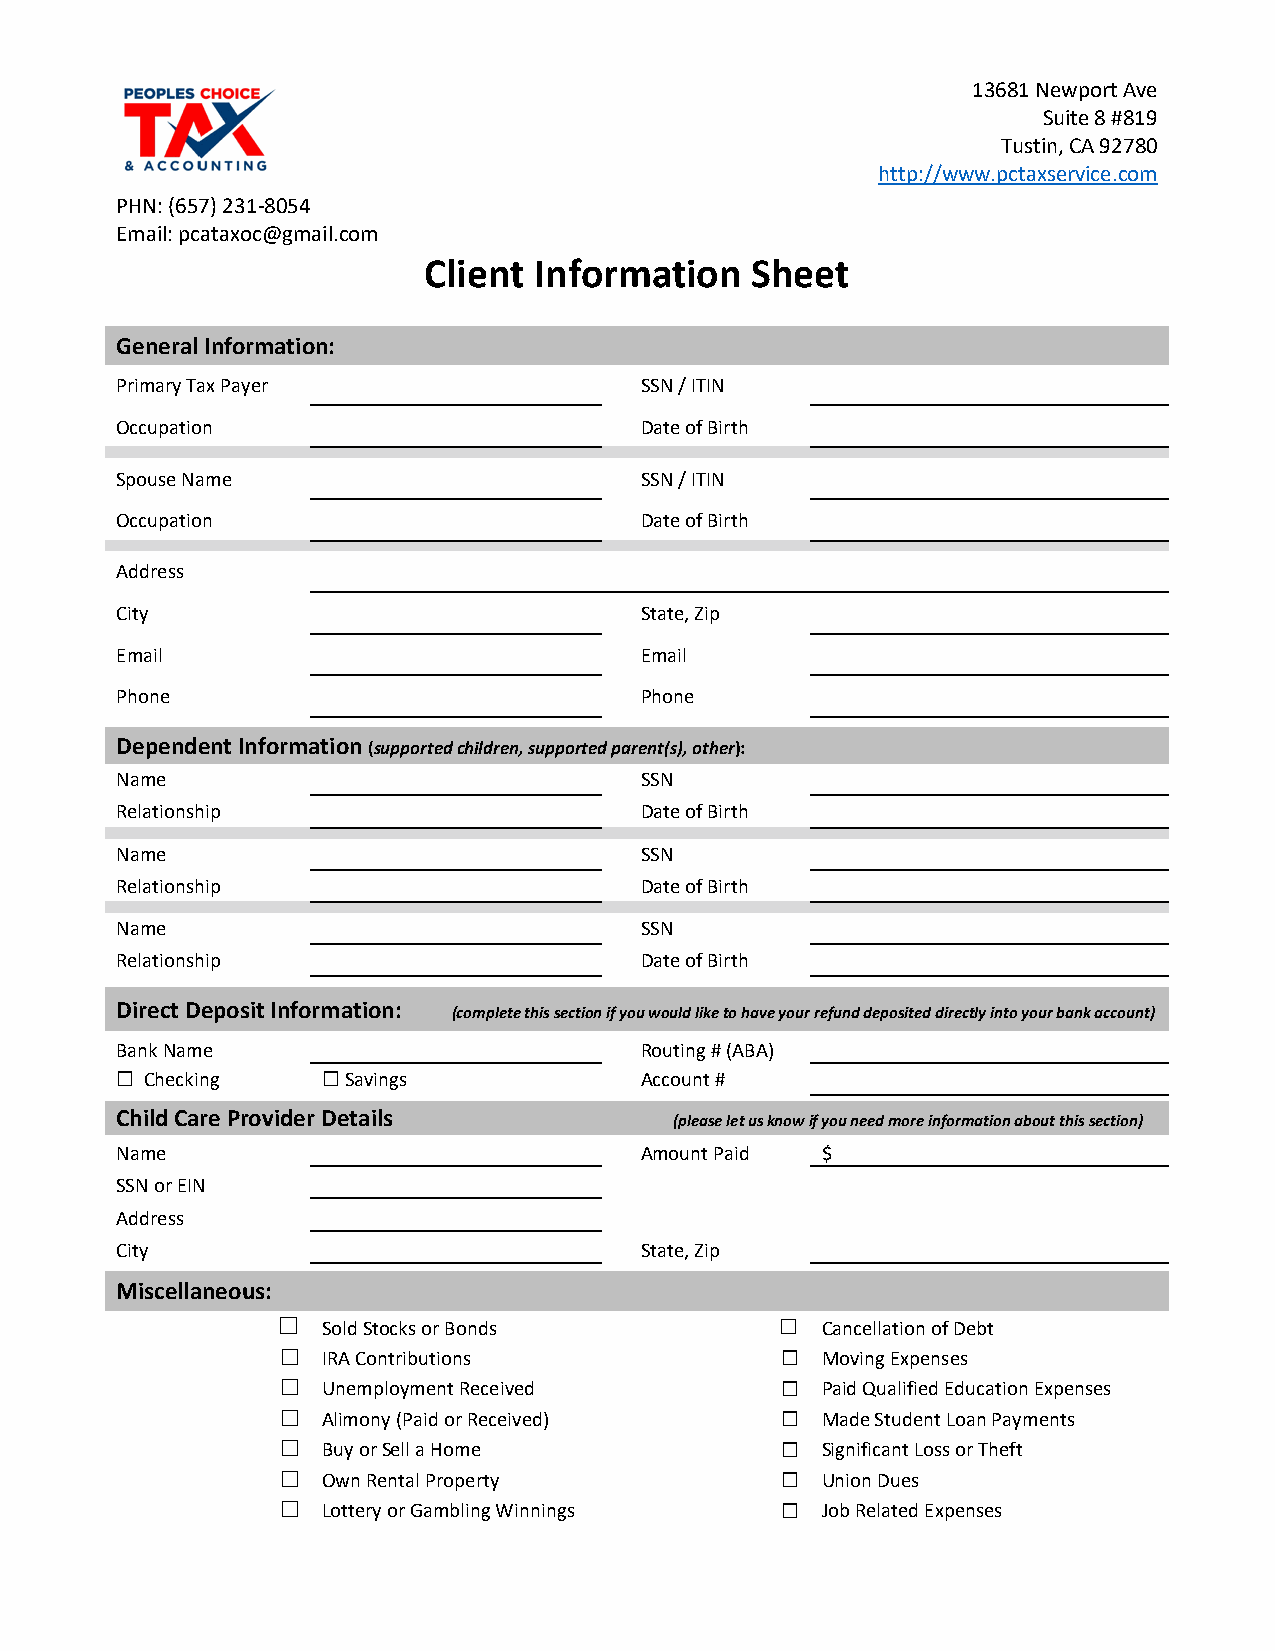
13681 Newport Ave
 Suite 8 #819
 Tustin, CA 92780
 http://www.pctaxservice.com
 PHN: (657) 231-8054
 Email: pcataxoc@gmail.com
 Client Information    Sheet
 General Information:
 Primary Tax Payer                 SSN / ITIN
 Occupation                        Date of Birth
 Spouse Name                       SSN / ITIN
 Occupation                        Date of Birth
 Address
 City                              State, Zip
 Email                             Email
 Phone                             Phone
 Dependent Information (supported children, supported parent(s), other):
 Name                              SSN
 Relationship                      Date of Birth
 Name                              SSN
 Relationship                      Date of Birth
 Name                              SSN
 Relationship                      Date of Birth
 Direct Deposit Information: (complete this section if you would like to have your refund deposited directly into your bank account)
 Bank Name                         Routing # (ABA)
 ☐
 Checking
 ☐
 Savings            A ccount #
 Child Care Provider Details          (please let us know if you need more information about this section)
 Name                              Amount Paid $
 SSN or EIN
 Address
 City                              State, Zip
 Miscellaneous:
 ☐  Sold Stocks or Bonds           ☐ Cancellation of Debt
 IRA Contributions                Moving Expenses
 ☐                                ☐
 Unemployment Received            Paid Qualified Education Expenses
 ☐                                ☐
 Alimony (Paid or Received)       Made Student Loan Payments
 ☐                                ☐
 Buy or Sell a Home               Significant Loss or Theft
 ☐                                ☐
 Own Rental Property              Union Dues
 ☐                                ☐
 Lottery or Gambling Winnings     Job Related Expenses
 ☐                                ☐